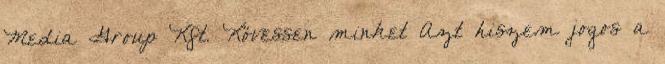
Media Group Kft. Kövessen minket Azt hiszem jogos a